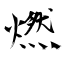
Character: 燃